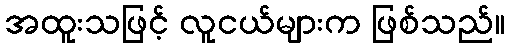
အထူးသဖြင့် လူငယ်များက ဖြစ်သည်။